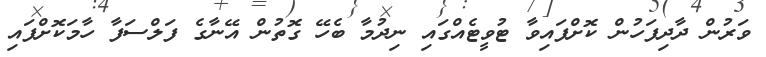
ވަރުން ދާދިފަހުން ކޮށްފައިވާ ޓުވީޓެއްގައި ނިދުމާ ބެހޭ ގޮތުން އޭނާގެ ފަލްސަފާ ހާމަކޮށްފައި